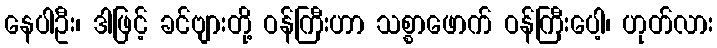
နေပါဦး၊ ဒါဖြင့် ခင်ဗျားတို့ ဝန်ကြီးဟာ သစ္စာဖောက် ဝန်ကြီးပေါ့၊ ဟုတ်လား